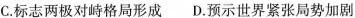
C.标志两极对峙格局形成 D.预示世界紧张局势加剧